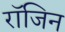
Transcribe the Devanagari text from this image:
रॉजिन